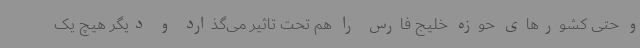
و حتی کشورهای حوزه خلیج فارس را هم تحت تاثیر می‌گذارد و دیگر هیچ یک